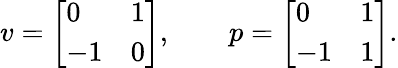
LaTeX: v={\left[\begin{array}{ll}{0}&{1}\\ {-1}&{0}\end{array}\right]},\qquad p={\left[\begin{array}{ll}{0}&{1}\\ {-1}&{1}\end{array}\right]}.